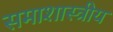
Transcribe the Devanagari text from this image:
समाशास्त्रीय